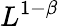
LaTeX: L^{1-\beta}